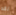
لقد